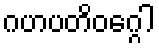
ဂဟပတိဝဂ္ဂေါ